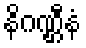
နိဂဏ္ဌီနံ